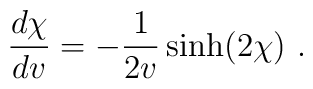
{d\chi\over dv}=-{1\over 2v}\sinh(2\chi)\ .